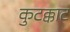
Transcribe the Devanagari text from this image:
कुटक्काट